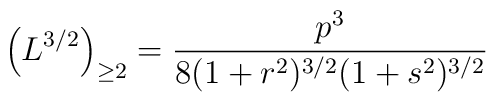
\left(L^{{3}/{2}}\right)_{\geq 2}=\frac{p^{3}}{8(1+r^{2})^{3/2}(1+s^{2})^{3/2}}